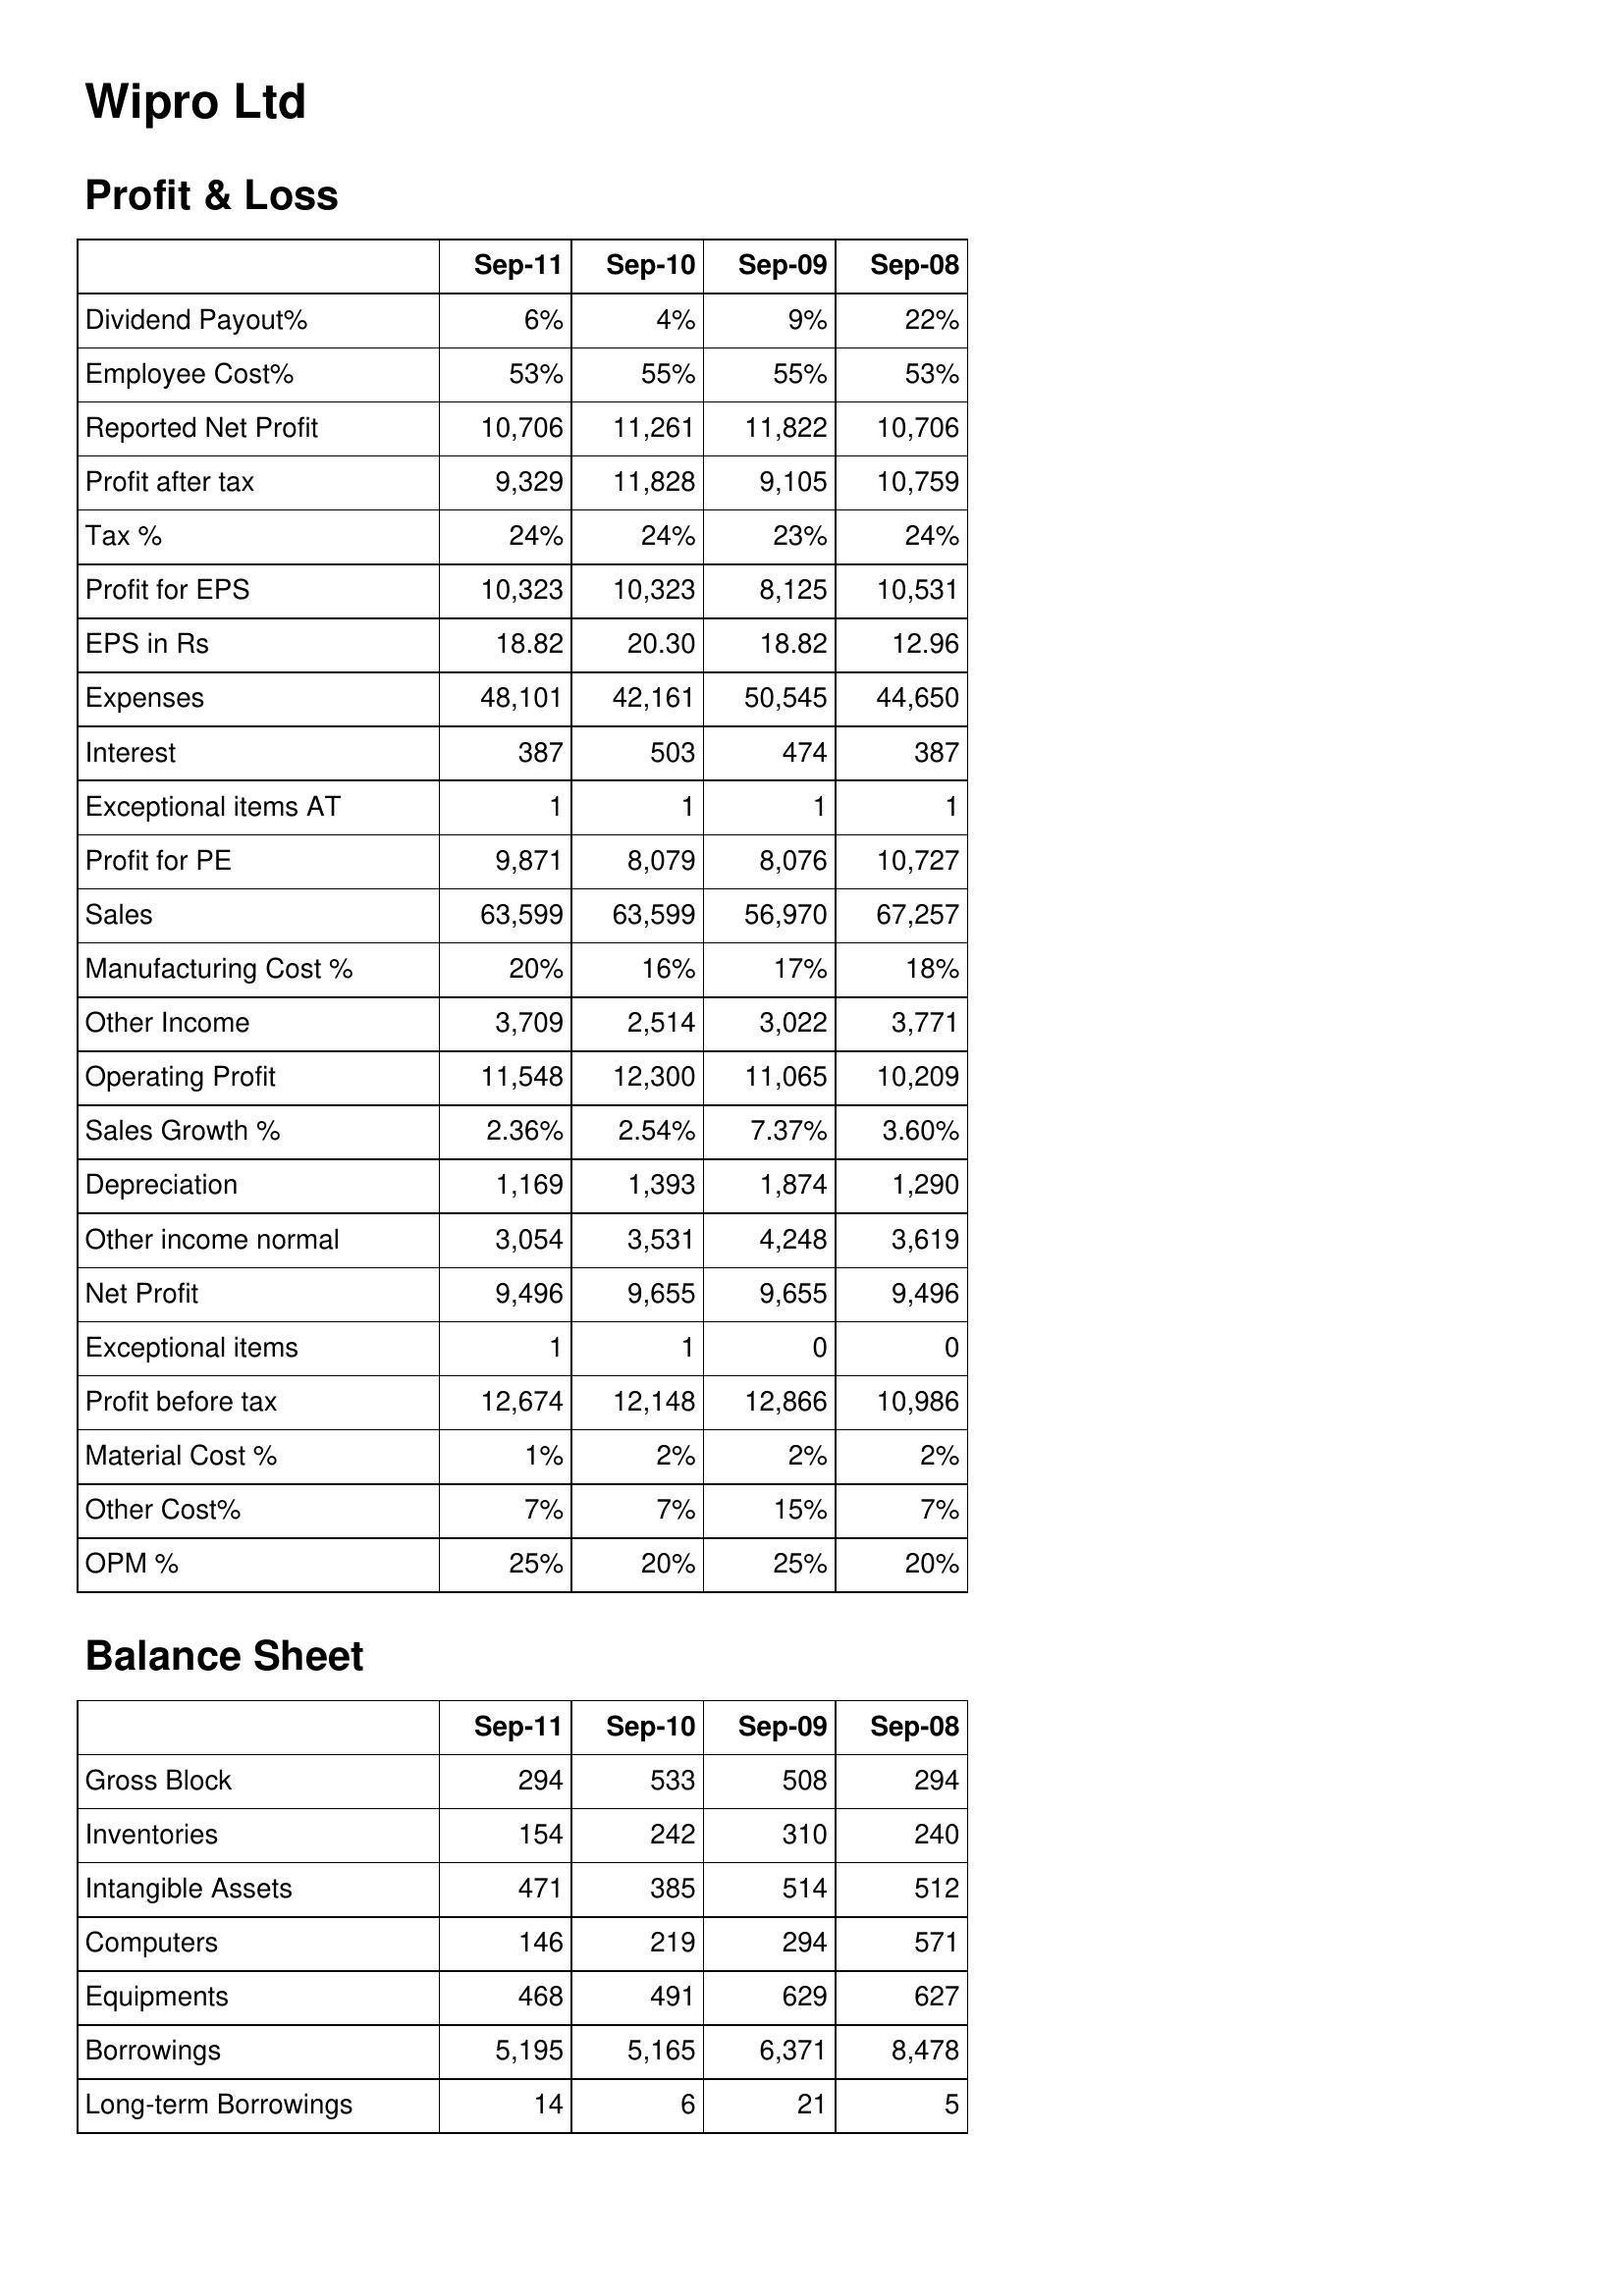
Sep-11: Profit & Loss: Dividend Payout%: 6%
Employee Cost%: 53%
Reported Net Profit: 10,706
Profit after tax: 9,329
Tax %: 24%
Profit for EPS: 10,323
EPS in Rs: 18.82
Expenses: 48,101
Interest: 387
Exceptional items AT: 1
Profit for PE: 9,871
Sales: 63,599
Manufacturing Cost %: 20%
Other Income: 3,709
Operating Profit: 11,548
Sales Growth %: 2.36%
Depreciation: 1,169
Other income normal: 3,054
Net Profit: 9,496
Exceptional items: 1
Profit before tax: 12,674
Material Cost %: 1%
Other Cost%: 7%
OPM %: 25%
Balance Sheet: Gross Block: 294
Inventories: 154
Intangible Assets: 471
Computers: 146
Equipments: 468
Borrowings: 5,195
Long-term Borrowings: 14
Sep-10: Profit & Loss: Dividend Payout%: 4%
Employee Cost%: 55%
Reported Net Profit: 11,261
Profit after tax: 11,828
Tax %: 24%
Profit for EPS: 10,323
EPS in Rs: 20.30
Expenses: 42,161
Interest: 503
Exceptional items AT: 1
Profit for PE: 8,079
Sales: 63,599
Manufacturing Cost %: 16%
Other Income: 2,514
Operating Profit: 12,300
Sales Growth %: 2.54%
Depreciation: 1,393
Other income normal: 3,531
Net Profit: 9,655
Exceptional items: 1
Profit before tax: 12,148
Material Cost %: 2%
Other Cost%: 7%
OPM %: 20%
Balance Sheet: Gross Block: 533
Inventories: 242
Intangible Assets: 385
Computers: 219
Equipments: 491
Borrowings: 5,165
Long-term Borrowings: 6
Sep-09: Profit & Loss: Dividend Payout%: 9%
Employee Cost%: 55%
Reported Net Profit: 11,822
Profit after tax: 9,105
Tax %: 23%
Profit for EPS: 8,125
EPS in Rs: 18.82
Expenses: 50,545
Interest: 474
Exceptional items AT: 1
Profit for PE: 8,076
Sales: 56,970
Manufacturing Cost %: 17%
Other Income: 3,022
Operating Profit: 11,065
Sales Growth %: 7.37%
Depreciation: 1,874
Other income normal: 4,248
Net Profit: 9,655
Exceptional items: 0
Profit before tax: 12,866
Material Cost %: 2%
Other Cost%: 15%
OPM %: 25%
Balance Sheet: Gross Block: 508
Inventories: 310
Intangible Assets: 514
Computers: 294
Equipments: 629
Borrowings: 6,371
Long-term Borrowings: 21
Sep-08: Profit & Loss: Dividend Payout%: 22%
Employee Cost%: 53%
Reported Net Profit: 10,706
Profit after tax: 10,759
Tax %: 24%
Profit for EPS: 10,531
EPS in Rs: 12.96
Expenses: 44,650
Interest: 387
Exceptional items AT: 1
Profit for PE: 10,727
Sales: 67,257
Manufacturing Cost %: 18%
Other Income: 3,771
Operating Profit: 10,209
Sales Growth %: 3.60%
Depreciation: 1,290
Other income normal: 3,619
Net Profit: 9,496
Exceptional items: 0
Profit before tax: 10,986
Material Cost %: 2%
Other Cost%: 7%
OPM %: 20%
Balance Sheet: Gross Block: 294
Inventories: 240
Intangible Assets: 512
Computers: 571
Equipments: 627
Borrowings: 8,478
Long-term Borrowings: 5